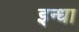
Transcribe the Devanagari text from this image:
इन्धा